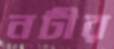
নটীর